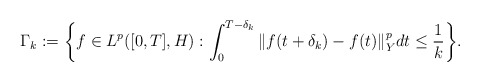
\begin{align*}\Gamma_k := \bigg\{ f\in L^p([0,T],H) : \int_0^{T-\delta_k} \Vert f(t+\delta_k) - f(t) \Vert_Y^p dt \leq \frac{1}{k} \bigg\} .\end{align*}